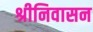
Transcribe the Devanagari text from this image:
श्रीनिवासन